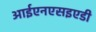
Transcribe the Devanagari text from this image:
आईएनएसइएडी